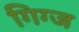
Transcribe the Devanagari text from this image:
गिग्ज